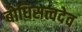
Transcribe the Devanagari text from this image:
बोधिसत्त्वदेव